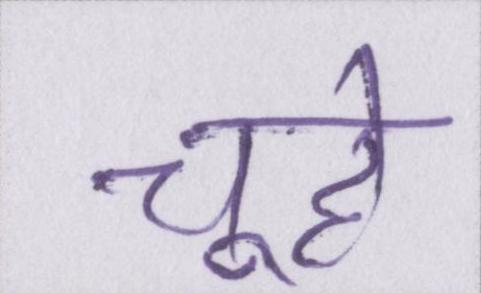
चूहे